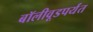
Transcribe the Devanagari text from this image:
बॉलीवूडपर्यंत